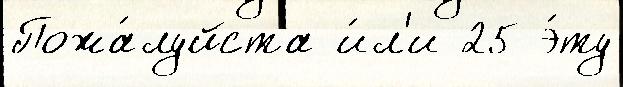
Пожа́луйста и́л'и 25 э́ту